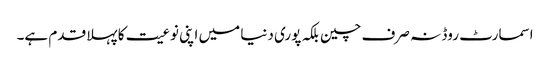
اسمارٹ روڈ نہ صرف چین بلکہ پوری دنیا میں اپنی نوعیت کا پہلا قدم ہے۔